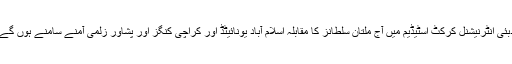
دبئی انٹرنیشنل کرکٹ اسٹیڈیم میں آج ملتان سلطانز کا مقابلہ اسلام آباد یونائیٹڈ اور کراچی کنگز اور پشاور زلمی آمنے سامنے ہوں گے۔